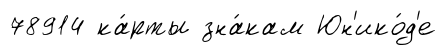
78914 ка́рты зна́кам Юн'ико́д'е